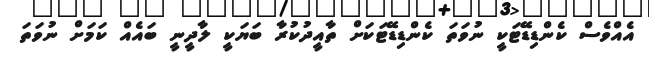
އެއްވެސް ކެންޑިޑޭޓަކީ ނުވަތަ ކެންޑިޑޭޓަކަށް ތާއީދުކުރާ ބަޔަކީ ލާދީނީ ބައެއް ކަމަށް ނުވަތަ